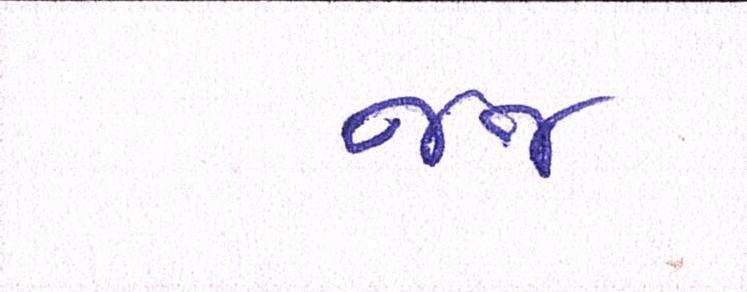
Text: જજ